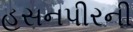
હસનપીરની